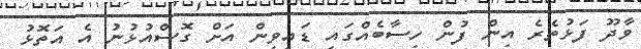
ވާދޫ ފަޅުތެރެ އިން ފުން ހިސާބެއްގައި ޑައިވިން އަށް ގޮސްއުޅުނު އެ އަތޮޅު